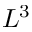
L ^ { 3 }